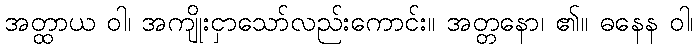
အတ္ထာယ ဝါ၊ အကျိုးငှာသော်လည်းကောင်း။ အတ္တနော၊ ၏။ ဓနေန ဝါ၊